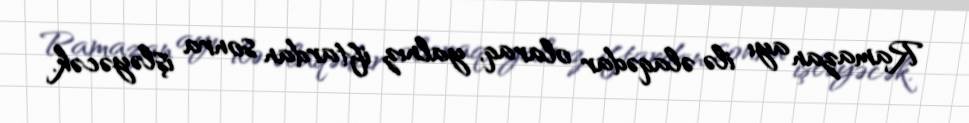
Ramazan ayı ilə əlaqədar olaraq, yalnız iftardan sonra işləyəcək.